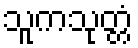
သူကသုတ္တံ